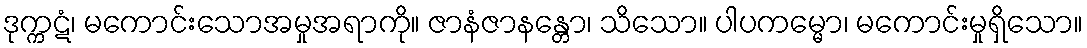
ဒုက္ကဋံ၊ မကောင်းသောအမှုအရာကို။ ဇာနံဇာနန္တော၊ သိသော။ ပါပကမ္မော၊ မကောင်းမှုရှိသော။